Document type: Grant
Year: 1246
Scribe: Guillem de Moneca
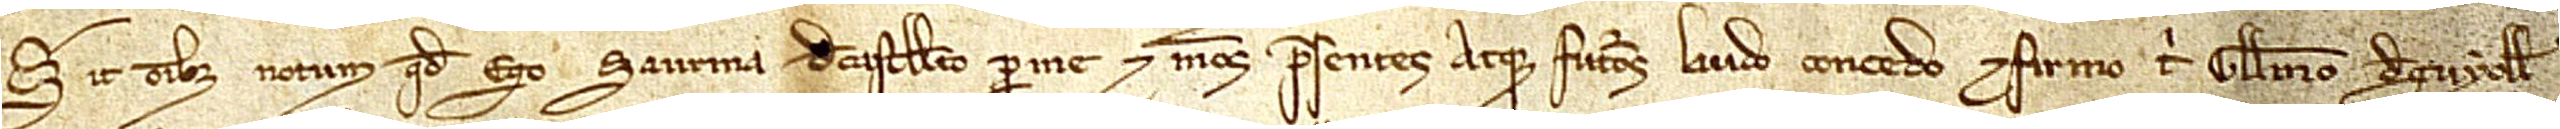
Sit omnibus notum quod ego Saurina de Castelleto per me et meos presentes atque futuros laudo, concedo et firmo tibi Guillelmo de Guyolle